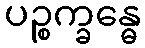
ပဉ္စက္ခန္ဓေ